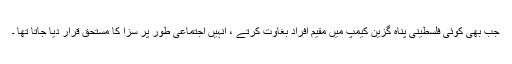
جب بھی کوئی فلسطینی پناہ گزین کیمپ میں مقیم افراد بغاوت کرتے ، انہیں اجتماعی طور پر سزا کا مستحق قرار دیا جاتا تھا ۔